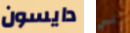
دايسون لي